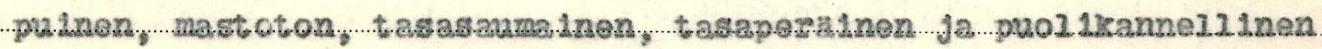
puinen, mastoton, tasasaumainen, tasaperäinen ja puolikannellinen